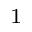
^ 1